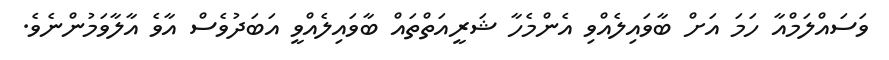
ވަސައްލަމްއާ ހަމަ އަށް ބާވައިލެއްވި އެންމެހާ ޝަރީއަތްތައް ބާވައިލެއްވީ އަބަދުވެސް އާވެ އާލާވަމުންނެވެ.